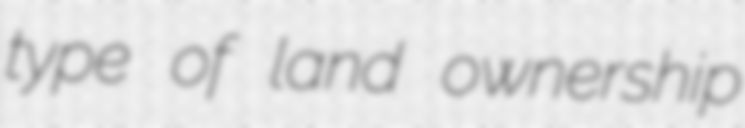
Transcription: type of land ownership